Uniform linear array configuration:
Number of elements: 4
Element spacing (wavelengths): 0.5
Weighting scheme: uniform
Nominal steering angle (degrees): -45
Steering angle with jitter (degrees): -44.278
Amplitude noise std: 0.05
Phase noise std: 0.05

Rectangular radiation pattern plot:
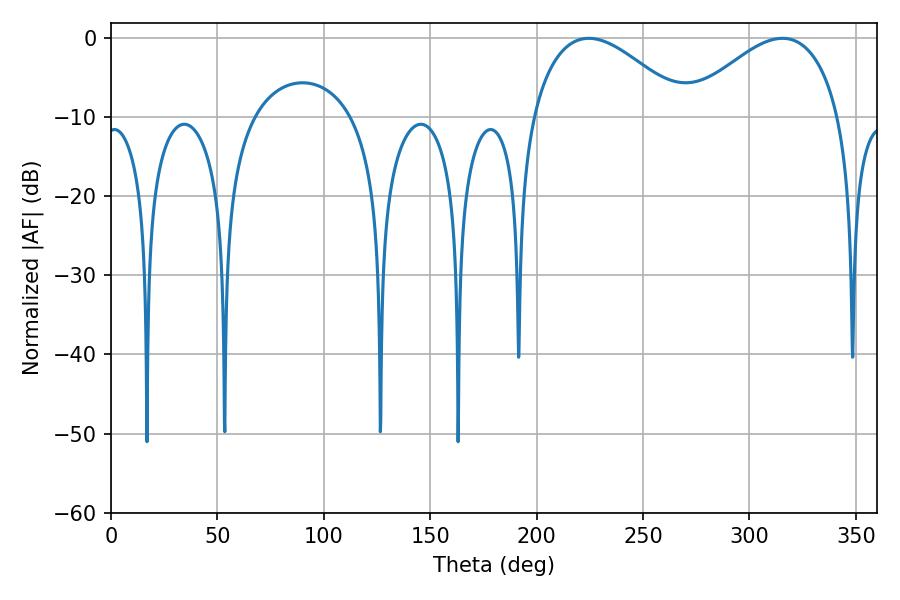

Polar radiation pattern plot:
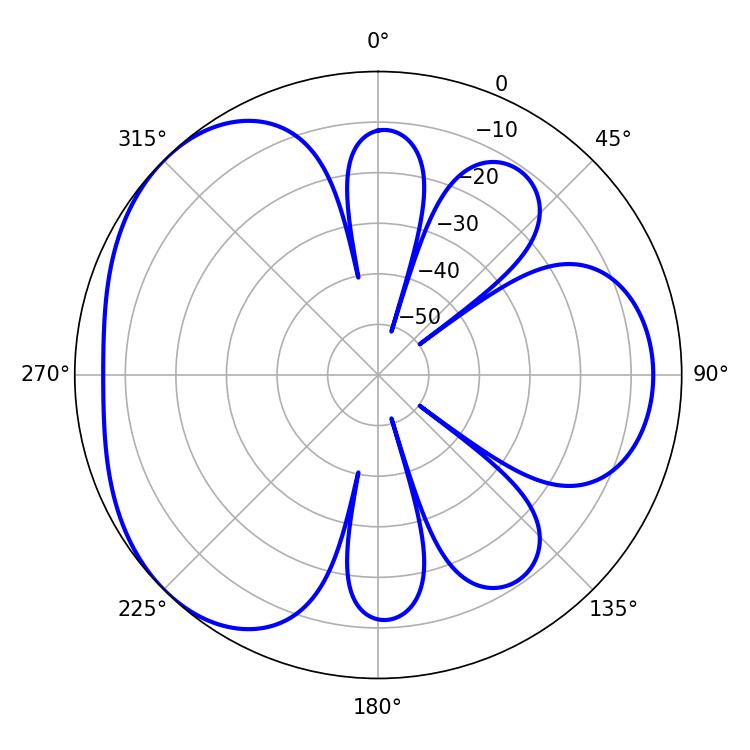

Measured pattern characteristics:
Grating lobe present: FALSE
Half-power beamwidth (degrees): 39.78
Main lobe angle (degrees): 224.46